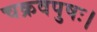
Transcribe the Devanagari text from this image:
चक्रवपुषः।